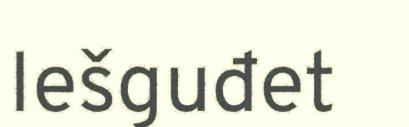
Iešguđet